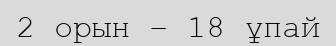
2 орын – 18 ұпай